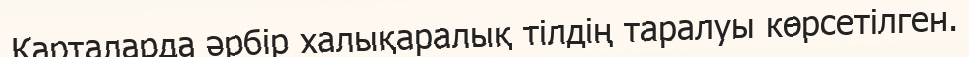
Карталарда әрбір халықаралық тілдің таралуы көрсетілген.